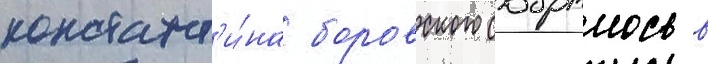
констант'и́на боровского собралось в